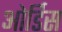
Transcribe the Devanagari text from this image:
ओर्डिस